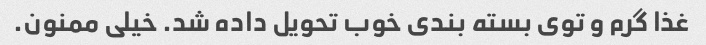
غذا گرم و توی بسته بندی خوب تحویل داده شد. خیلی ممنون.